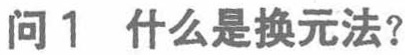
问1 什么是换元法？